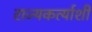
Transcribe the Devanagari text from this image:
राज्यकर्त्याशी